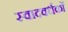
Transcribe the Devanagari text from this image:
स्वादवर्धकों